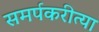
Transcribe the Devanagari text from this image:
समर्पकरीत्या